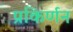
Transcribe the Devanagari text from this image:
प्रकिर्णन